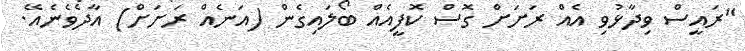
"ރައީސް ވިދާޅުވި އެއް ރަށަށް ގޮސް ކޮފީއެއް ބޯލައިގެން (އަނެއް ރަށަށް) އާދެވެނެއޭ.